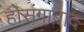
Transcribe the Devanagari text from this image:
होसंगाबाद